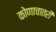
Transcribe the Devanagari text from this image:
कोणाचातरी